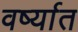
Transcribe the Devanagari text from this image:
वर्ष्यात